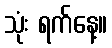
သုံး ရက်နေ့။